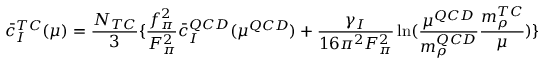
\bar { c } _ { I } ^ { T C } ( \mu ) = \frac { N _ { T C } } { 3 } \{ { \frac { f _ { \pi } ^ { 2 } } { F _ { \pi } ^ { 2 } } \bar { c } _ { I } ^ { Q C D } ( \mu ^ { Q C D } ) + \frac { \gamma _ { I } } { 1 6 \pi ^ { 2 } F _ { \pi } ^ { 2 } } \ln ( \frac { \mu ^ { Q C D } } { m _ { \rho } ^ { Q C D } } \frac { m _ { \rho } ^ { T C } } { \mu } ) } \}